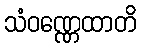
သံဝဏ္ဏေထာတိ